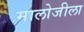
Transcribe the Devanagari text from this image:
मालोजीला